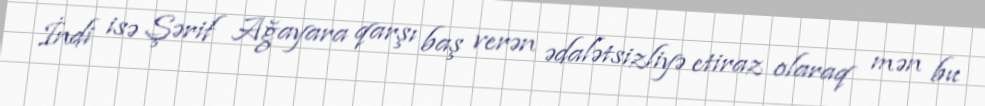
İndi isə Şərif Ağayara qarşı baş verən ədalətsizliyə etiraz olaraq mən bu